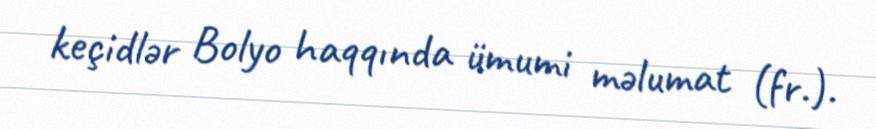
keçidlər Bolyo haqqında ümumi məlumat (fr.).